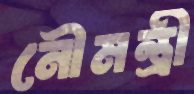
নৌমন্ত্রী